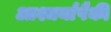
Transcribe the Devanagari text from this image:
आश्चर्यापैकी